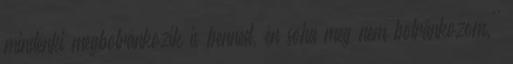
mindenki megbotránkozik is benned, én soha meg nem botránkozom.''